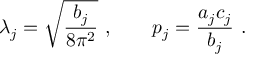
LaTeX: \lambda _ { j } = \sqrt { \frac { b _ { j } } { 8 \pi ^ { 2 } } } ~ , \qquad p _ { j } = \frac { a _ { j } c _ { j } } { b _ { j } } ~ .